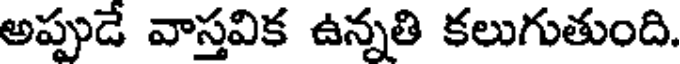
అప్పుడే వాస్తవిక ఉన్నతి కలుగుతుంది.